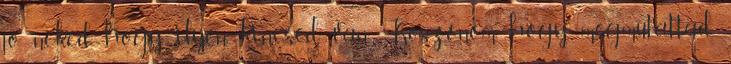
jó neked, hogy ilyen kincsed van. Köszönöm, hogy megmutattad